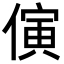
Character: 𪝤